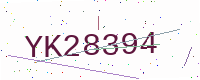
Text: YK28394